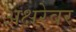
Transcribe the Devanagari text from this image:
अक्षरेवर